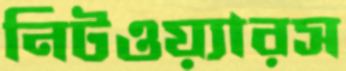
নিটওয়্যারস